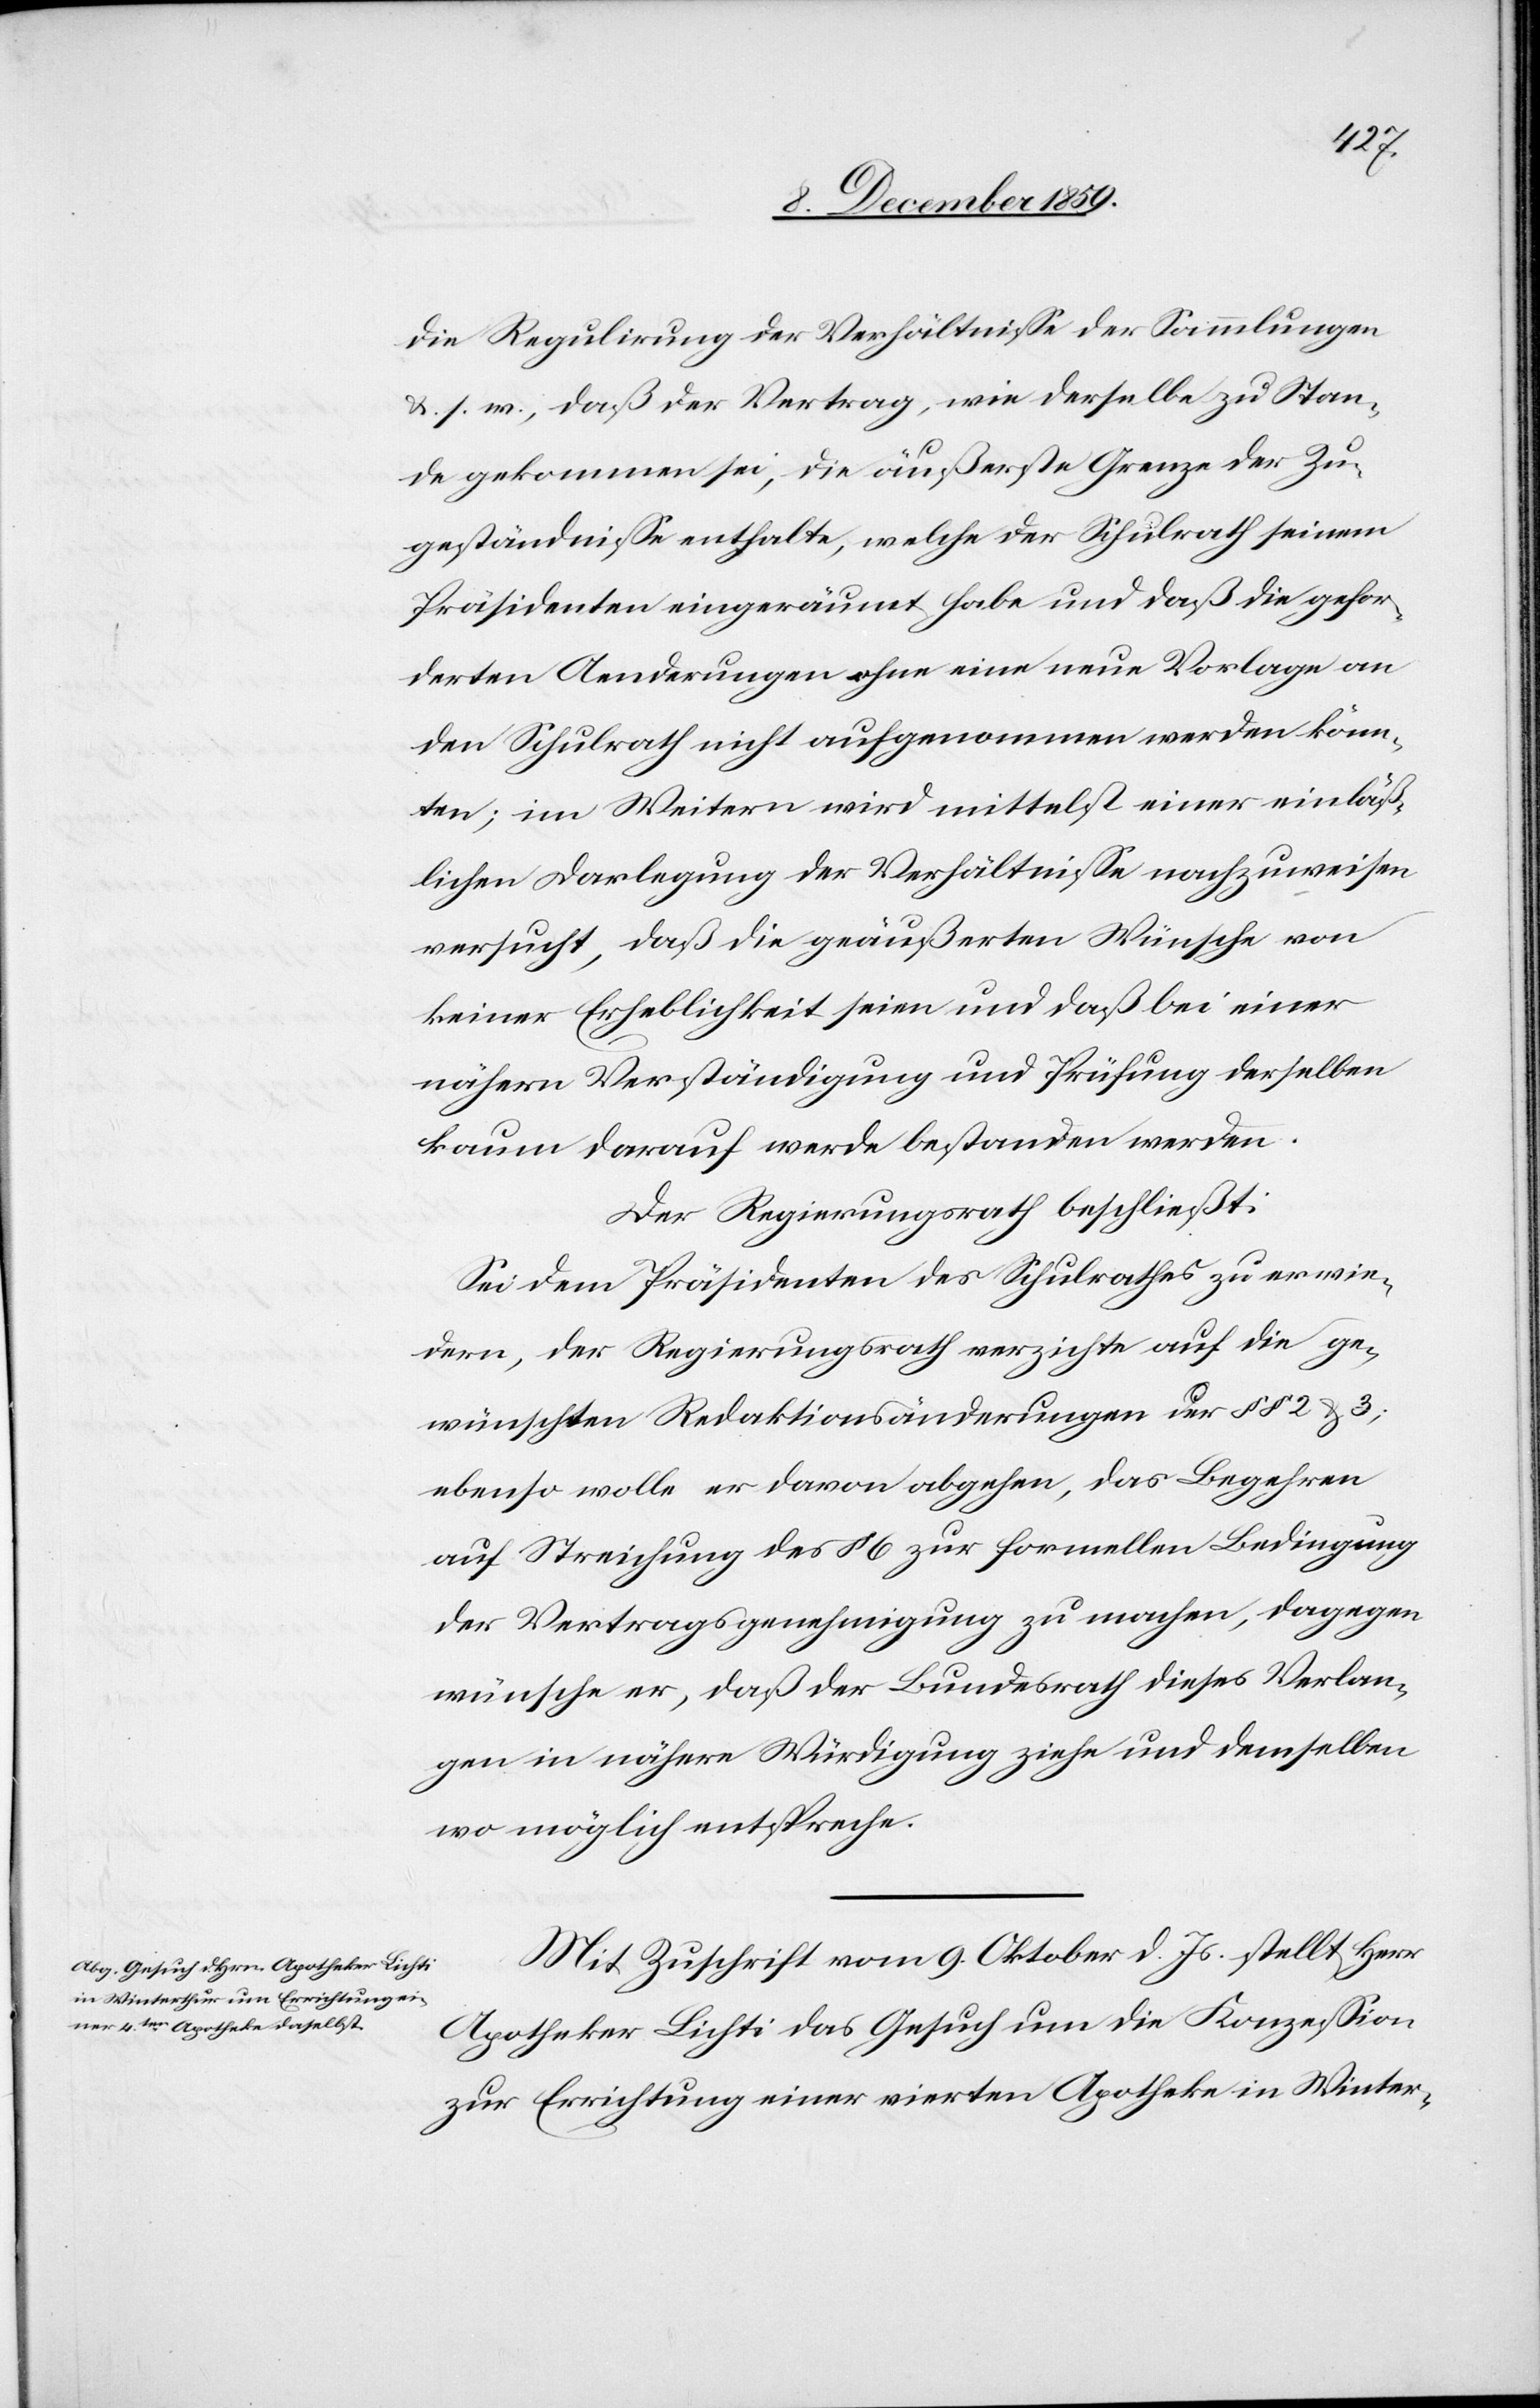
die Regulirung der Verhältnisse der Sammlungen
s. w., daß der Vertrag, wie derselbe zu Stan¬
de gekommen sei, die äußerste Grenze der Zu¬
geständnisse enthalte, welche der Schulrath seinem
Präsidenten eingeräumt habe und daß die gefor¬
derten Aenderungen ohne eine neue Vorlage an
den Schulrath nicht aufgenommen werden könn¬
ten; im Weitern wird mittelst einer einläß¬
lichen Darlegung der Verhältnisse nachzuweisen
ersucht, daß die geäußerten Wünsche von
keiner Erheblichkeit seien und daß bei einer
nähern Verständigung und Prüfung derselben
kaum darauf werde bestanden werden.
Der Regierungsrath beschließt:
Sei dem Präsidenten des Schulrathes zu erwie¬
dern, der Regierungsrath verzichte auf die ge¬
wünschten Redaktionsänderungen der §§ 2 & 3;
ebenso wolle er davon abgehen, das Begehren
auf Streichung des § 6 zur formellen Bedingung
der Vertragsgenehmigung zu machen, dagegen
wünsche er, daß der Bundesrath dieses Verlan¬
gen in nähere Würdigung ziehe und demselben
wo möglich entspreche.
Mit Zuschrift vom 9. Oktober d. Js. stellt Herr
Apotheker Lichti das Gesuch um die Konzession
zur Errichtung einer vierten Apotheke in Winter-